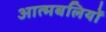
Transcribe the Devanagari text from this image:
आत्मबलियों